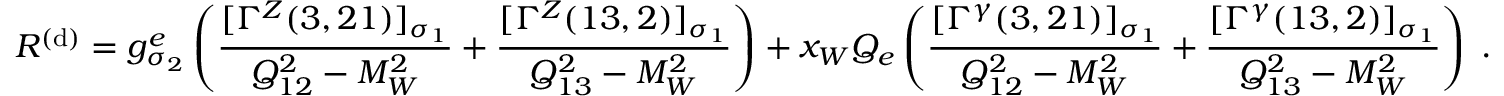
{ \cal R } ^ { ( \mathrm { d } ) } = g _ { \sigma _ { 2 } } ^ { e } \left( \frac { [ \Gamma ^ { Z } ( 3 , 2 1 ) ] _ { \sigma _ { 1 } } } { Q _ { 1 2 } ^ { 2 } - M _ { W } ^ { 2 } } + \frac { [ \Gamma ^ { Z } ( 1 3 , 2 ) ] _ { \sigma _ { 1 } } } { Q _ { 1 3 } ^ { 2 } - M _ { W } ^ { 2 } } \right) + x _ { W } Q _ { e } \left( \frac { [ \Gamma ^ { \gamma } ( 3 , 2 1 ) ] _ { \sigma _ { 1 } } } { Q _ { 1 2 } ^ { 2 } - M _ { W } ^ { 2 } } + \frac { [ \Gamma ^ { \gamma } ( 1 3 , 2 ) ] _ { \sigma _ { 1 } } } { Q _ { 1 3 } ^ { 2 } - M _ { W } ^ { 2 } } \right) \; .